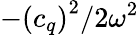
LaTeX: -\left(c_{q}\right)^{2}/2\omega^{2}